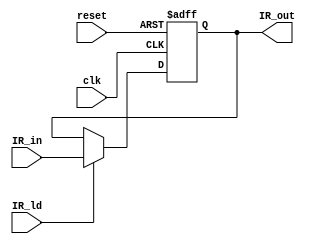
`timescale 1ns / 1ps
/****************************** C E C S  4 4 0 ******************************
 * 
 * Project:    Lab_Assignment_5
 * Designer:   Joseph Almeida
 * Rev. No.:   Version 1.0
 * Rev. Date:  October 10, 2018 
 *
 * Purpose: Datapath that stitches the register file and ALU together
 *				to allow data to come in from sources such as memory, I/O,
 *				or applicable IR fields
 *         
 * Notes:
 *
 ****************************************************************************/
module IR(  
	 input clk,
    input reset,
    input [31:0] IR_in,
    input IR_ld,
    output reg [31:0] IR_out
    );
	 
	always@(posedge clk, posedge reset)
	begin
		if (reset) IR_out <= 0;
		else if (IR_ld) IR_out <= IR_in;
	end

endmodule